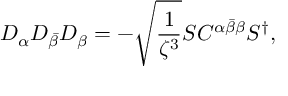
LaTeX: D _ { \alpha } D _ { \bar { \beta } } D _ { \beta } = - \sqrt { \frac { 1 } { \zeta ^ { 3 } } } S C ^ { \alpha \bar { \beta } \beta } S ^ { \dagger } ,